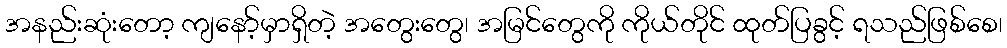
အနည်းဆုံးတော့ ကျနော့်မှာရှိတဲ့ အတွေးတွေ၊ အမြင်တွေကို ကိုယ်တိုင် ထုတ်ပြခွင့် ရသည်ဖြစ်စေ၊